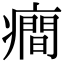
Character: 癎